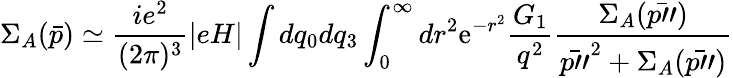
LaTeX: \Sigma_{A}(\bar{p})\simeq\frac{ie^{2}}{(2\pi)^{3}}|eH|\int dq_{0}dq_{3}\int_{0}^{\infty}dr^{2}\mathrm{e}^{-r^{2}}\frac{G_{1}}{q^{2}}\frac{\Sigma_{A}(\bar{p"})}{\bar{p"}^{2}+\Sigma_{A}(\bar{p"})}